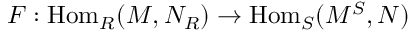
F : { \mathrm { H o m } } _ { R } ( M , N _ { R } ) \to { \mathrm { H o m } } _ { S } ( M ^ { S } , N )